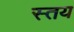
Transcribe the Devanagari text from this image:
स्तय